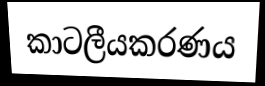
කාටලීයකරණය